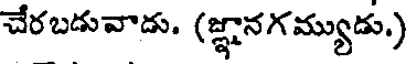
చేరబడువాడు. (జ్ఞానగమ్యుడు.)